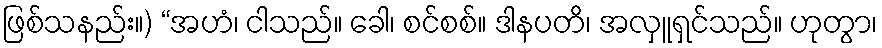
ဖြစ်သနည်း။) “အဟံ၊ ငါသည်။ ခေါ၊ စင်စစ်။ ဒါနပတိ၊ အလှူရှင်သည်။ ဟုတွာ၊